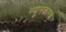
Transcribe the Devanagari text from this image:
न्यूनकारक